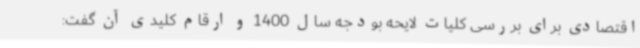
اقتصادی برای بررسی کلیات لایحه بودجه سال 1400 و ارقام کلیدی آن گفت: